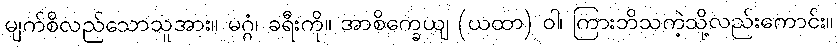
မျက်စိလည်သောသူအား။ မဂ္ဂံ၊ ခရီးကို။ အာစိက္ခေယျ (ယထာ) ဝါ၊ ကြားဘိသကဲ့သို့လည်းကောင်း။